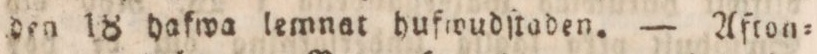
den 18 hafwa lemnat hufwudſtaden. — Afton=